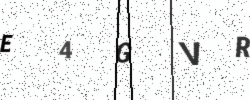
Text: E4GVR